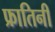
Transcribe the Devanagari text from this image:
फ्रातिनी